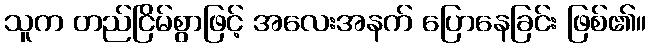
သူက တည်ငြိမ်စွာဖြင့် အလေးအနက် ပြောနေခြင်း ဖြစ်၏။